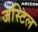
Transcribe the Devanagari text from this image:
जस्टिल